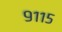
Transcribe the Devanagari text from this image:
९११५